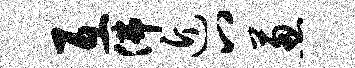
互佛近八葱